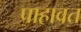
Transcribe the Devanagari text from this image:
पाहावत